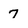
Character: 7